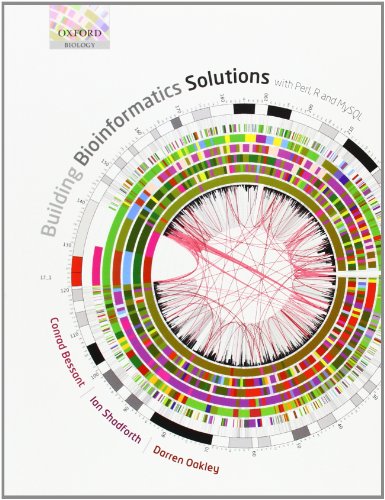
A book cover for Building Bioinformatics Solutions: with Perl, R and MySQL; Conrad Bessant; Computers & Technology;